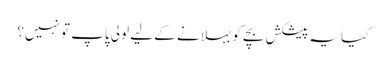
کیا یہ پیشکش بچے کو بہلانے کے لیے لولی پاپ تو نہیں؟